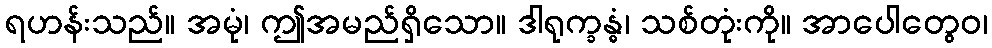
ရဟန်းသည်။ အမုံ၊ ဤအမည်ရှိသော။ ဒါရုက္ခန္ဓံ၊ သစ်တုံးကို။ အာပေါတွေဝ၊